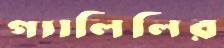
গ্যালিলির